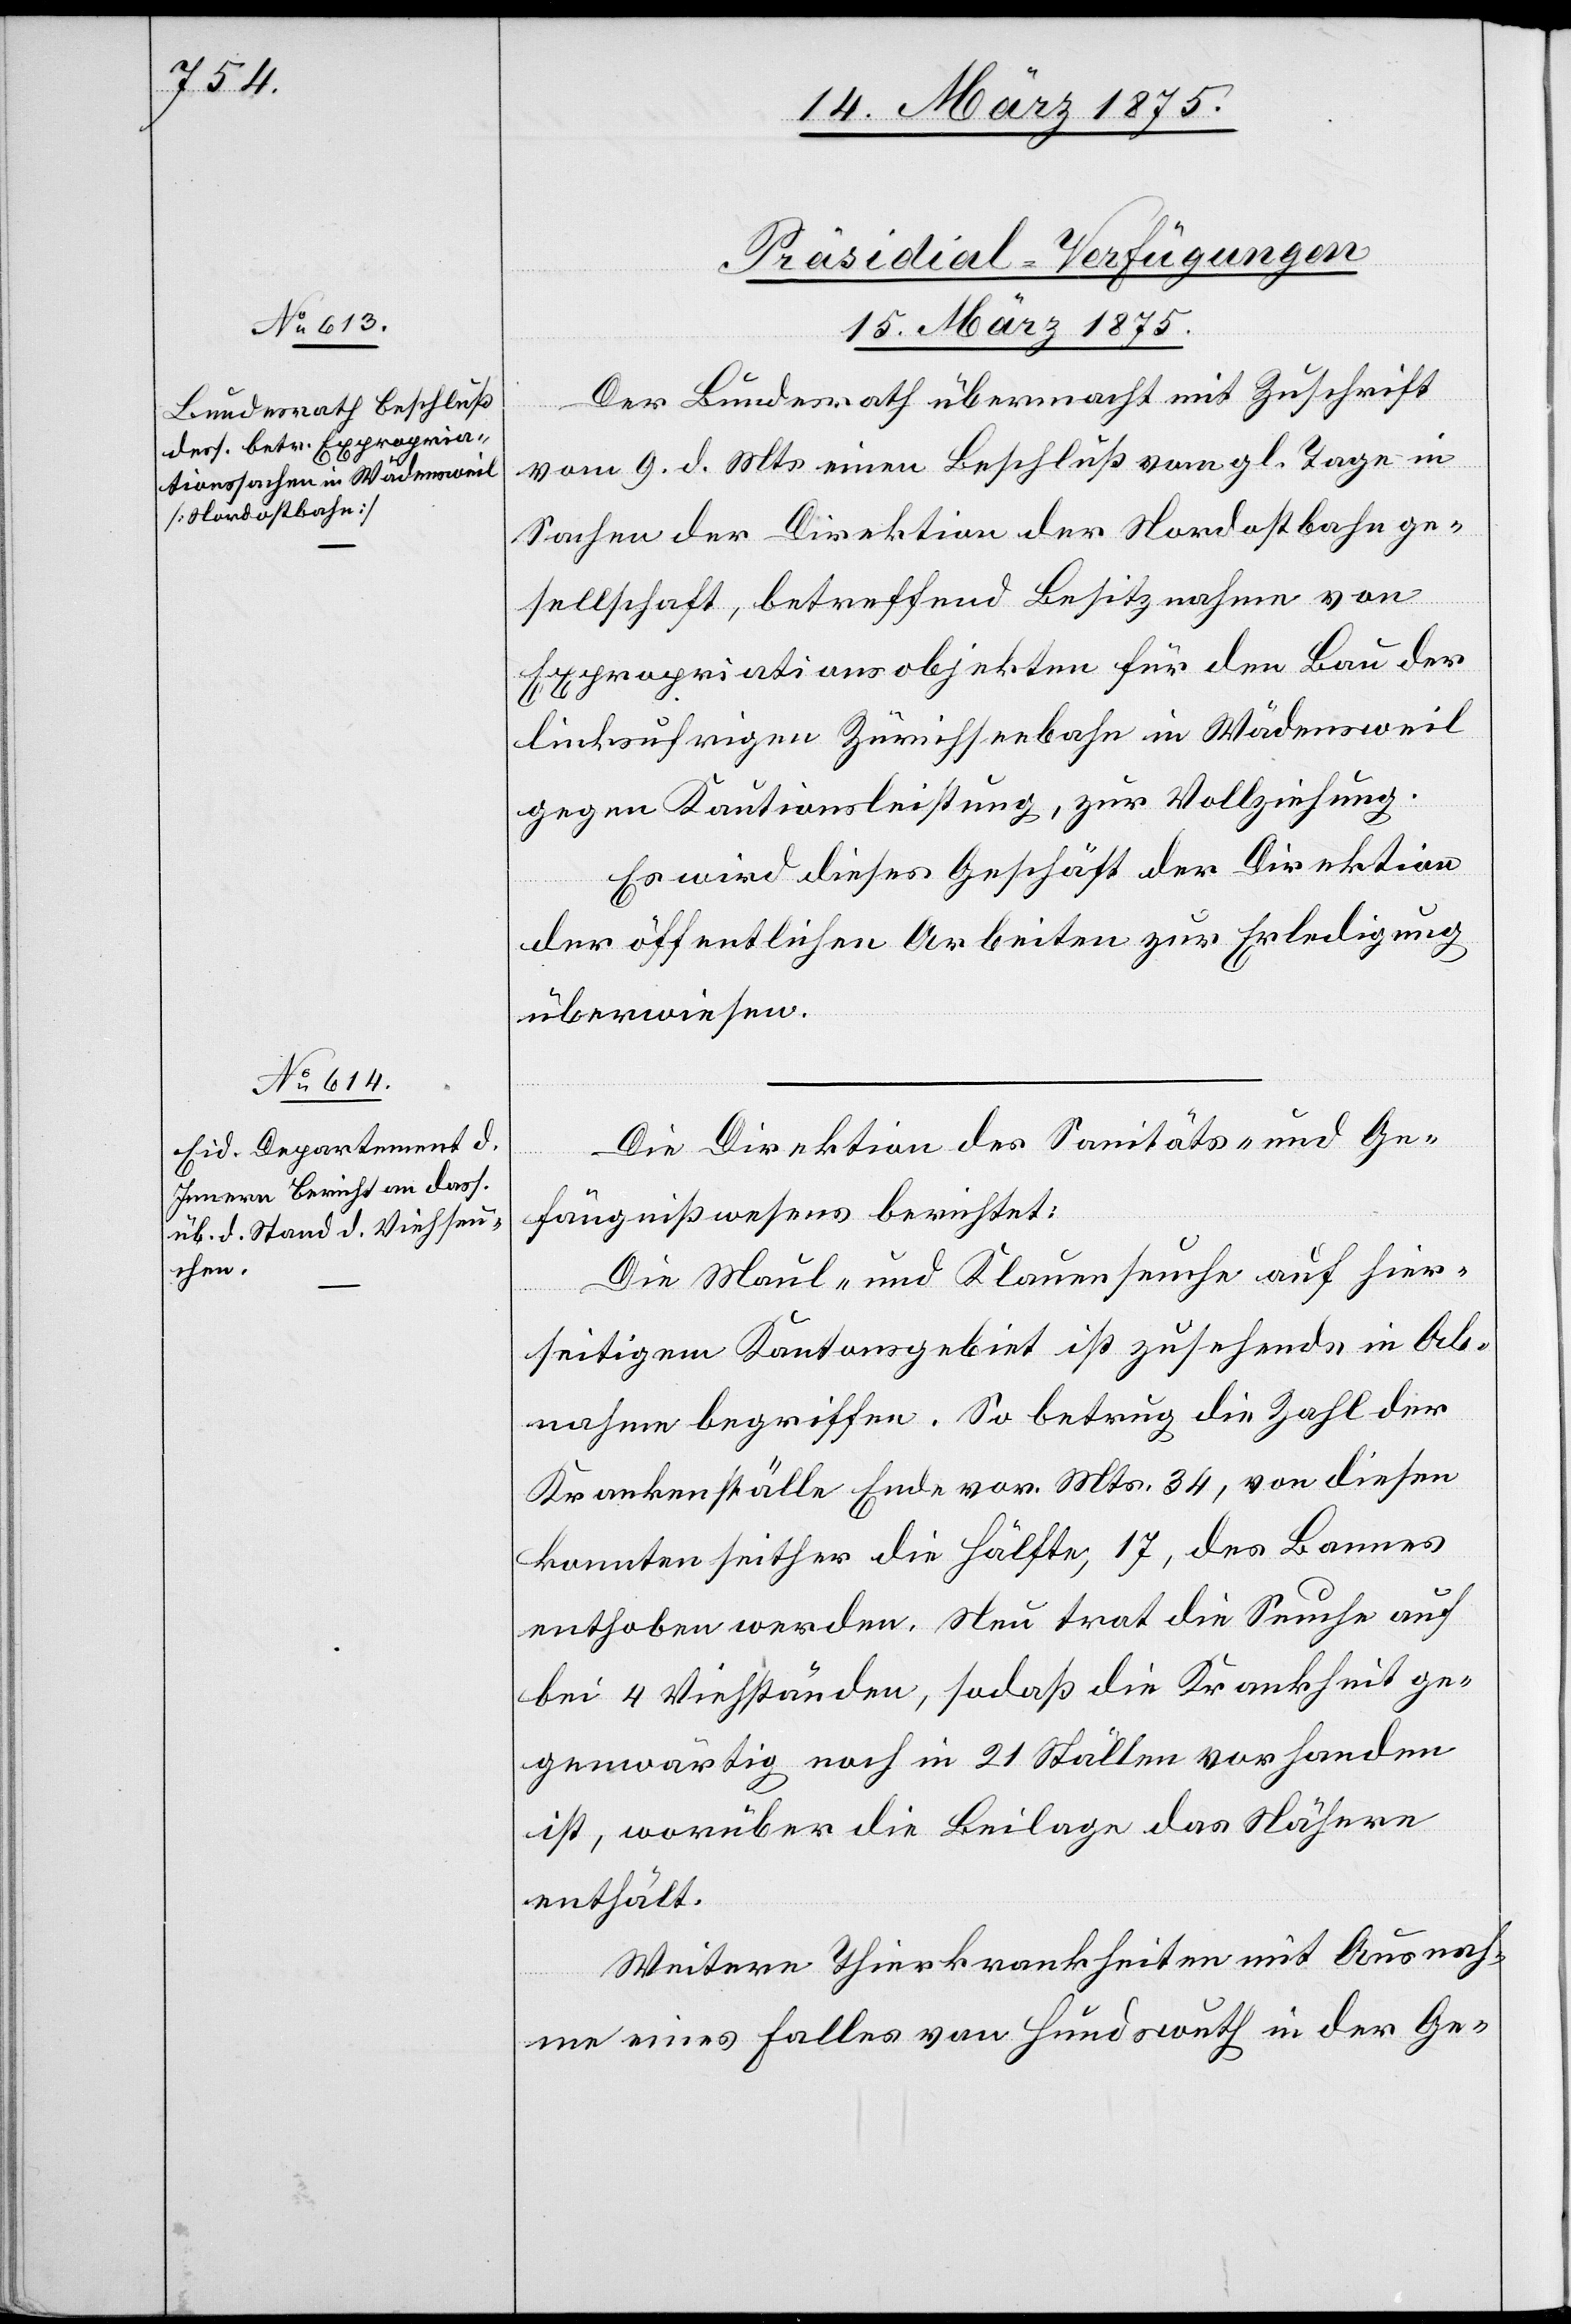
15. März 1875.]
[Präsidial-Verfügungen
15. März 1875.
Der Bundesrath übermacht mit Zuschrift
vom 9. d. Mts. einen Beschluß vom gl. Tage in
Sachen der Direktion der Nordostbahnge¬
sellschaft, betreffend Besitznahme von
Expropriationsobjekten für den Bau der
linksufrigen Zürichseebahn in Wädensweil
gegen Kautionsleistung, zur Vollziehung.
Es wird dieses Geschäft der Direktion
der öffentlichen Arbeiten zu Erledigung
überwiesen.
Die Direktion des Sanitäts- und Ge¬
fängnißwesens berichtet:
Die Maul- und Klauenseuche auf hier¬
seitigem Kantonsgebiet ist zusehends in Ab¬
nahme begriffen. So betrug die Zahl der
Krankenställe Ende vor. Mts. 34, von diesen
konnten seither die Hälfte, 17, des Bannes
enthoben werden. Neu trat die Seuche auf
bei 4 Viehständen, sodaß die Krankheit ge¬
genwärtig noch in 21 Ställen vorhanden
ist, worüber die Beilage das Nähere
enthält.
Weitere Thierkrankheiten mit Ausnah¬
me eines Falles von Hundswuth in der Ge-